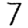
Digit: 7